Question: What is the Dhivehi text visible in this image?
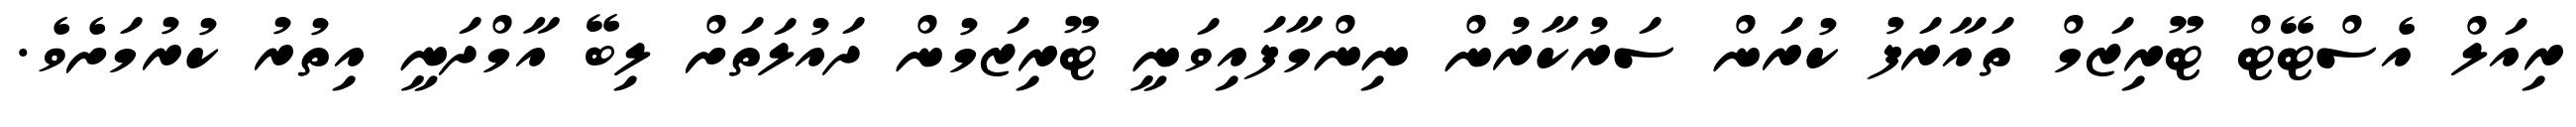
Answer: ރިއަލް އެސްޓޭޓް ޓޫރިޒަމް ތައާރަފު ކުރަން ސަރުކާރުން ނިންމާފައިވަނީ ޓޫރިޒަމުން ދައުލަތަށް ލިބޭ އާމްދަނީ އިތުރު ކުރުމަށެވެ.